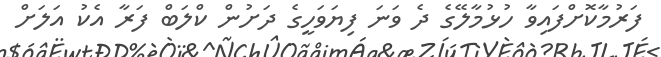
ފަރުމާކޮށްފައިވާ ހުޅުމާލޭގެ ދެ ވަނަ ފިޔަވަހީގެ ދަށުން ކްލަބް ފަރާ އެކު އަލަށް